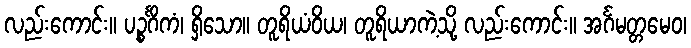
လည်းကောင်း။ ပဉ္စင်္ဂိကံ၊ ရှိသော။ တူရိယံဝိယ၊ တူရိယာကဲ့သို့ လည်းကောင်း။ အင်္ဂမတ္တမေဝ၊